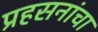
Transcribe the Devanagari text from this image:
प्रहसनांचा